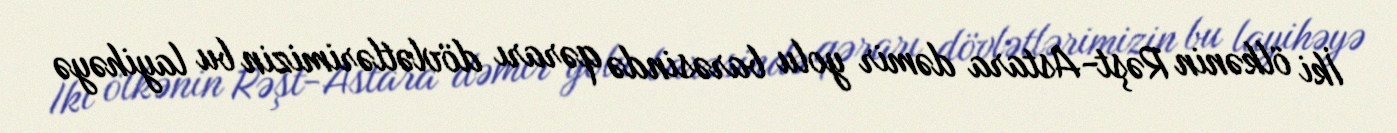
İki ölkənin Rəşt-Astara dəmir yolu barəsində qərarı dövlətlərimizin bu layihəyə